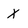
Character: X